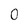
Character: 0